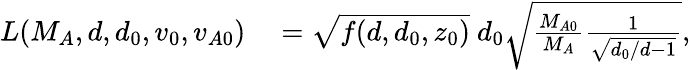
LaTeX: \begin{array}{rl}{L(M_{A},d,d_{0},v_{0},v_{A0})}&{{}=\sqrt{f(d,d_{0},z_{0})}\ d_{0}\sqrt{\frac{M_{A0}}{M_{A}}\frac{1}{\sqrt{d_{0}/d-1}}},}\end{array}